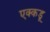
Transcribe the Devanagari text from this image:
एक्कडू